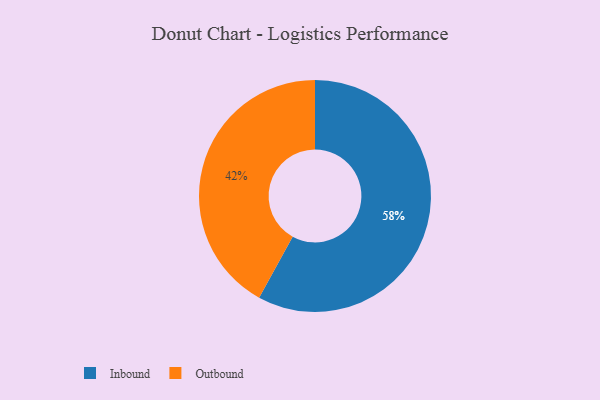
{"axis": {"x": "Category", "y": "Percentage"}, "legend": ["Inbound", "Outbound"], "data": [{"x": "Outbound", "y": 42, "type": "Outbound"}, {"x": "Inbound", "y": 58, "type": "Inbound"}]}